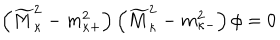
\left( \widetilde { M } _ { \kappa } ^ { 2 } - m _ { \kappa + } ^ { 2 } \right) \left( \widetilde { M } _ { \kappa } ^ { 2 } - m _ { \kappa - } ^ { 2 } \right) \phi = 0